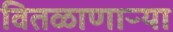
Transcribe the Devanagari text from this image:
वितळाणाऱ्या